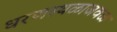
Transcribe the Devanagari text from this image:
धरणस्थळाजवळ